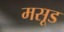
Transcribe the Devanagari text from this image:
मसूड